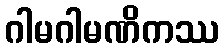
ဂါမဂါမဏိကဿ